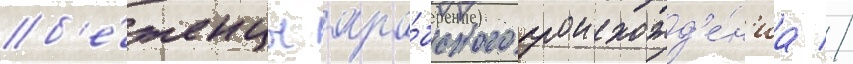
б'е́женцы ара́бского происхожд'е́н'иа //